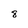
Character: 8